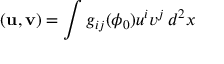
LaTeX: ( { \bf u } , { \bf v } ) = \int g _ { i j } ( \phi _ { 0 } ) u ^ { i } v ^ { j } \, d ^ { 2 } x